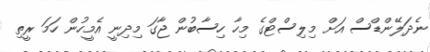
ނެދަލޭންޑްސް އަށް މިލިސްޓްގެ މިހާ ހިސާބުން ޖާގަ މިދިނީ އެމީހުން ހަމަ ރީތި